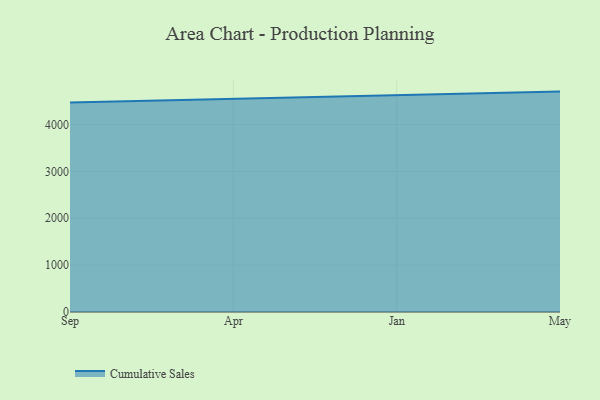
{"axis": {"x": "Month", "y": "Demand Index"}, "legend": ["Cumulative Sales"], "data": [{"x": "Sep", "y": 4466.2, "type": "Cumulative Sales"}, {"x": "Apr", "y": 4546.5, "type": "Cumulative Sales"}, {"x": "Jan", "y": 4617.9, "type": "Cumulative Sales"}, {"x": "May", "y": 4699.2, "type": "Cumulative Sales"}]}